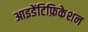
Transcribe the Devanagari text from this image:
आइडेंटिफ़िकेशन